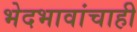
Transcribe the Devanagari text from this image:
भेदभावांचाही